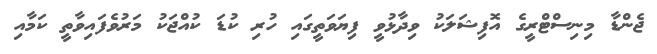
ޖެންޑާ މިނިސްޓްރީގެ އޮފިޝަލަކު ވިދާޅުވީ ފިޔަވަތީގައި ހުރި ކުޑަ ކުއްޖަކު މަރުވެފައިވާތީ ކަމާއި